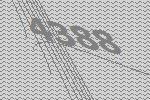
4388